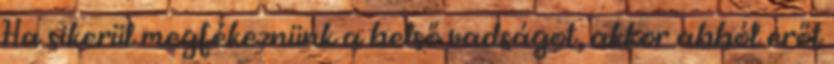
Ha sikerül megfékeznünk a belső vadságot, akkor abból erőt